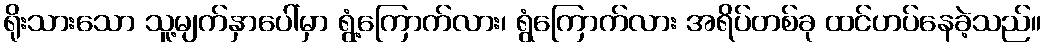
ရိုးသားသော သူ့မျက်နှာပေါ်မှာ ရွံ့ကြောက်လား၊ ရွံကြောက်လား အရိပ်တစ်ခု ထင်ဟပ်နေခဲ့သည်။